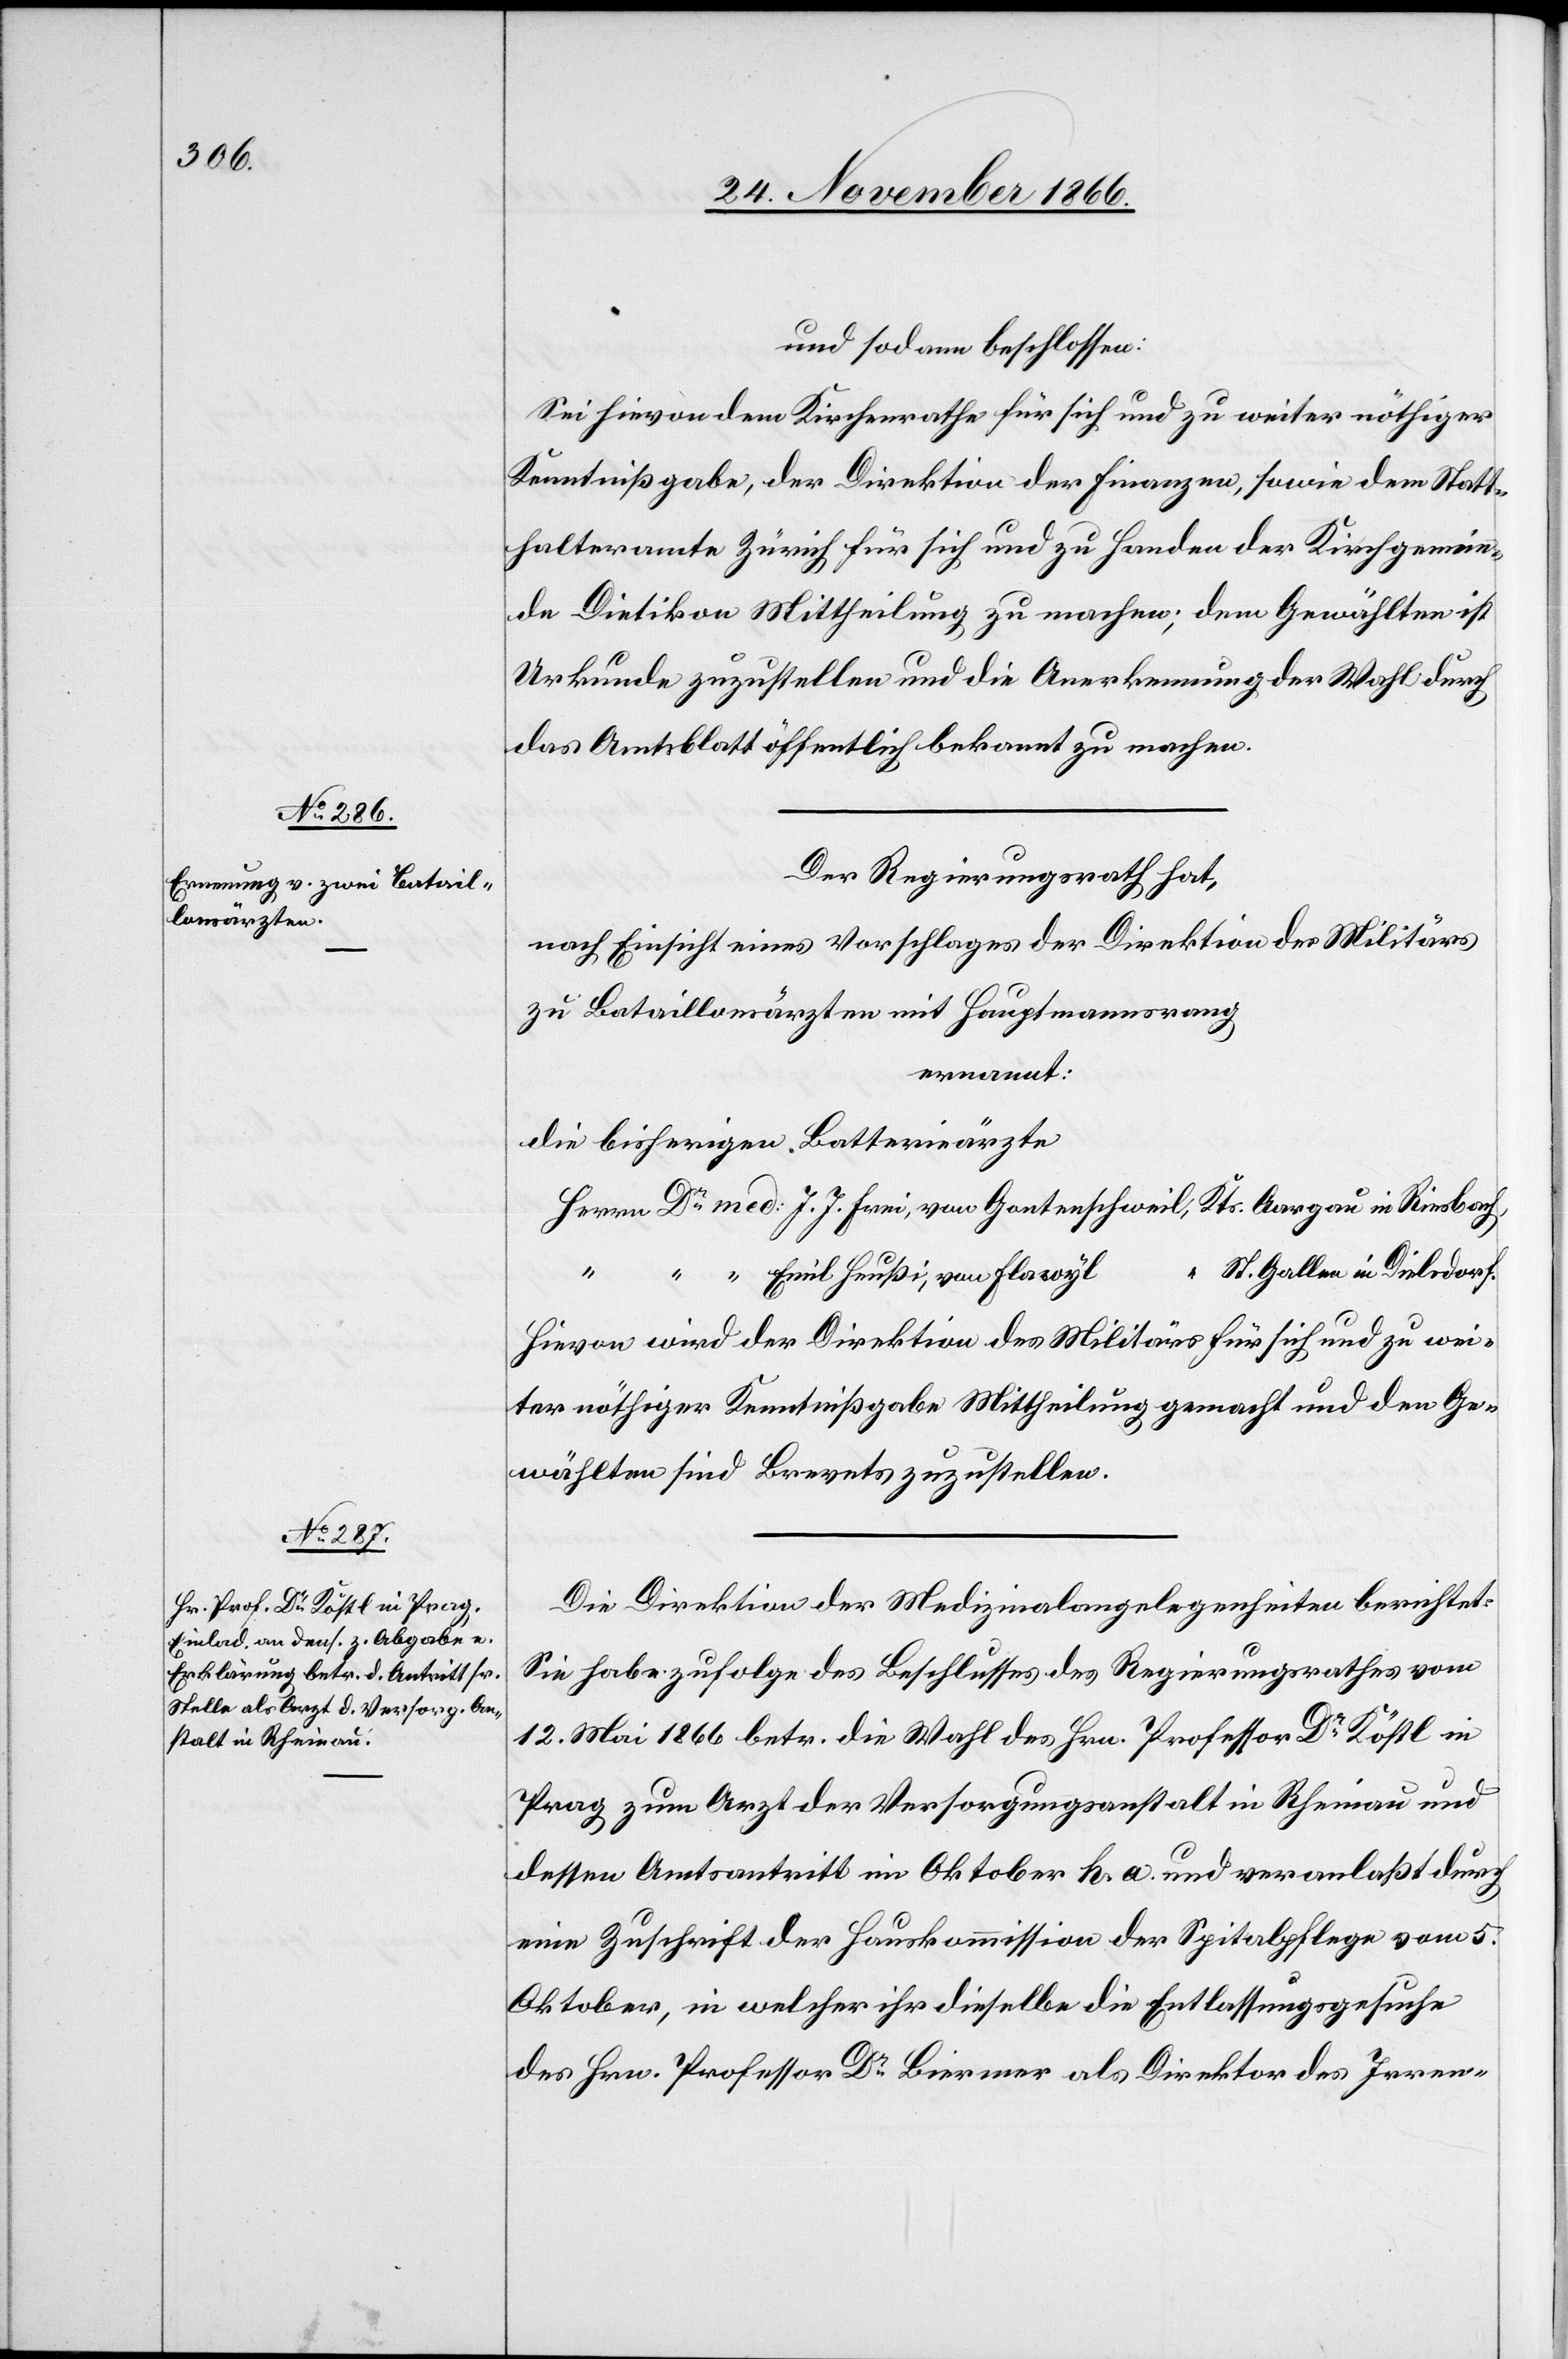
und sodann beschlossen:
Sei hievon dem Kirchenrathe für sich und zu weiter nöthiger
Kenntnißgabe, der Direktion der Finanzen, sowie dem Statt¬
halteramte Zürich für sich und zu Handen der Kirchgemein¬
de Dietikon Mittheilung zu machen; dem Gewählten ist
Urkunde zuzustellen und die Anerkennung der Wahl durch
das Amtsblatt öffentlich bekannt zu machen.
Der Regierungsrath hat,
nach Einsicht eines Vorschlages der Direktion des Militärs
zu Bataillonsärzten mit Hauptmannsrang
ernannt:
die bisherigen Batterieärzte
Herrn Dr. med: J. J. Frei, von Gantenschweil, Kts. Aargau in Riesbach,
St. Gallen in Dielsdorf.
“ “ Emil Heußi, von Flawyl,
Hievon wird der Direktion des Militärs für sich und zu wei¬
ter nöthiger Kenntnißgabe Mittheilung gemacht und den Ge¬
wählten sind Brevets zuzustellen.
Die Direktion der Medizinalangelegenheiten berichtet:
Sie habe zufolge des Beschlusses des Regierungsrathes vom
12. Mai 1866 betr. die Wahl des Hrn. Professor Dr. Köstl in
Prag zum Arzt der Versorgungsanstalt in Rheinau und
dessen Amtsantritt im Oktober h. a. und veranlaßt durch
eine Zuschrift der Hauskommission der Spitalpflege vom 5.
Oktober, in welcher ihr dieselbe die Entlassungsgesuche
des Hrn. Professor Dr. Biermer als Direktor des Irren-